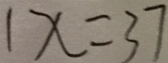
1 x = 3 7